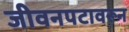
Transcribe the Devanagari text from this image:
जीवनपटावरून